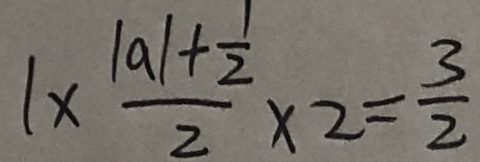
1 \times \frac { \vert a \vert + \frac { 1 } { 2 } } { 2 } \times 2 = \frac { 3 } { 2 }